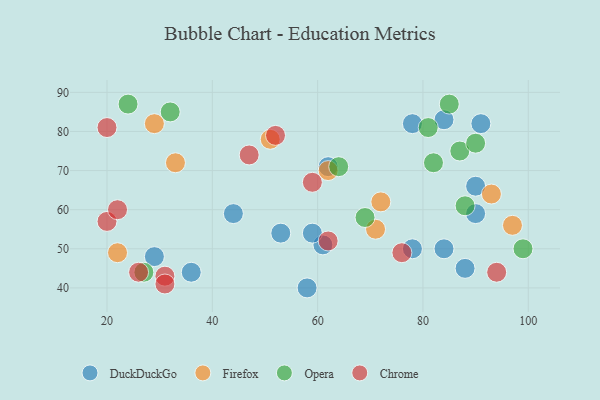
{"axis": {"x": "GDP", "y": "Life Expectancy"}, "legend": ["Chrome", "DuckDuckGo", "Firefox", "Opera"], "data": [{"x": "58", "y": 40, "type": "DuckDuckGo"}, {"x": "36", "y": 44, "type": "DuckDuckGo"}, {"x": "61", "y": 51, "type": "DuckDuckGo"}, {"x": "90", "y": 59, "type": "DuckDuckGo"}, {"x": "44", "y": 59, "type": "DuckDuckGo"}, {"x": "90", "y": 66, "type": "DuckDuckGo"}, {"x": "62", "y": 71, "type": "DuckDuckGo"}, {"x": "84", "y": 83, "type": "DuckDuckGo"}, {"x": "59", "y": 54, "type": "DuckDuckGo"}, {"x": "84", "y": 50, "type": "DuckDuckGo"}, {"x": "29", "y": 48, "type": "DuckDuckGo"}, {"x": "53", "y": 54, "type": "DuckDuckGo"}, {"x": "91", "y": 82, "type": "DuckDuckGo"}, {"x": "78", "y": 50, "type": "DuckDuckGo"}, {"x": "78", "y": 82, "type": "DuckDuckGo"}, {"x": "88", "y": 45, "type": "DuckDuckGo"}, {"x": "93", "y": 64, "type": "Firefox"}, {"x": "72", "y": 62, "type": "Firefox"}, {"x": "71", "y": 55, "type": "Firefox"}, {"x": "97", "y": 56, "type": "Firefox"}, {"x": "62", "y": 70, "type": "Firefox"}, {"x": "22", "y": 49, "type": "Firefox"}, {"x": "33", "y": 72, "type": "Firefox"}, {"x": "51", "y": 78, "type": "Firefox"}, {"x": "29", "y": 82, "type": "Firefox"}, {"x": "87", "y": 75, "type": "Opera"}, {"x": "32", "y": 85, "type": "Opera"}, {"x": "88", "y": 61, "type": "Opera"}, {"x": "99", "y": 50, "type": "Opera"}, {"x": "82", "y": 72, "type": "Opera"}, {"x": "90", "y": 77, "type": "Opera"}, {"x": "85", "y": 87, "type": "Opera"}, {"x": "69", "y": 58, "type": "Opera"}, {"x": "27", "y": 44, "type": "Opera"}, {"x": "64", "y": 71, "type": "Opera"}, {"x": "81", "y": 81, "type": "Opera"}, {"x": "24", "y": 87, "type": "Opera"}, {"x": "26", "y": 44, "type": "Chrome"}, {"x": "20", "y": 81, "type": "Chrome"}, {"x": "76", "y": 49, "type": "Chrome"}, {"x": "20", "y": 57, "type": "Chrome"}, {"x": "94", "y": 44, "type": "Chrome"}, {"x": "52", "y": 79, "type": "Chrome"}, {"x": "22", "y": 60, "type": "Chrome"}, {"x": "59", "y": 67, "type": "Chrome"}, {"x": "31", "y": 43, "type": "Chrome"}, {"x": "47", "y": 74, "type": "Chrome"}, {"x": "31", "y": 41, "type": "Chrome"}, {"x": "62", "y": 52, "type": "Chrome"}]}